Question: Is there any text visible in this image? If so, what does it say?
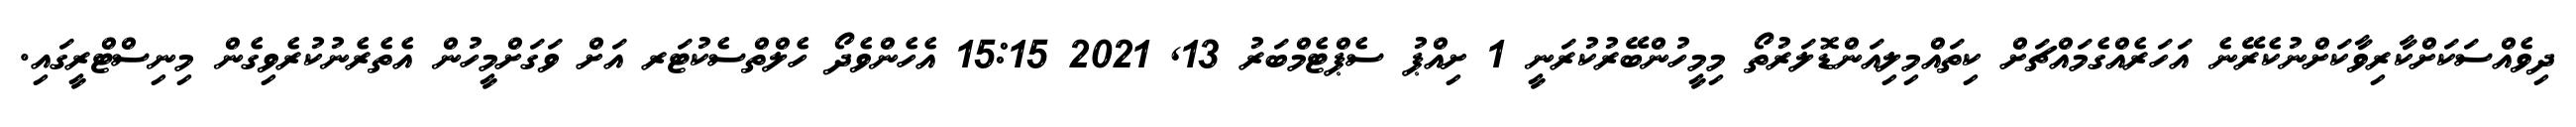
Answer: ދިވެއްސަކަށްކާރިވާކަށްނުކެރޭނެ އަހަރެއްގެމައްޗަށް ކިތައްމިލިއަންޑޮލަރުތޯ މިމީހުންބޭރުކުރަނީ 1 ށިއްޕު ސެޕްޓެމްބަރު 13, 2021 15:15 އެހެންވެދޯ ހެލްތްސެކުޓަރ އަށް ވަގަށްމީހުން އެތެރެނުކުރެވިގެން މިނިސްޓްރީގައި.